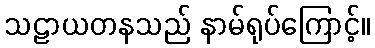
သဠာယတနသည် နာမ်ရုပ်ကြောင့်။